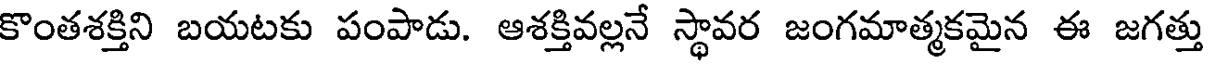
కొంతశక్తిని బయటకు పంపాడు. ఆశక్తివల్లనే స్థావర జంగమాత్మకమైన ఈ జగత్తు